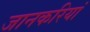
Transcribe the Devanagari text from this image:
जानकरियां